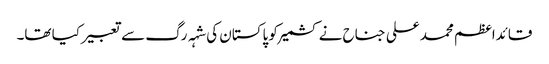
قائداعظم محمد علی جناح نے کشمیر کو پاکستان کی شہہ رگ سے تعبیر کیا تھا۔